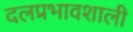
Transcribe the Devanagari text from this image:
दलप्रभावशाली